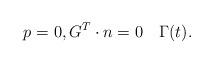
LaTeX: \begin{align*} p=0 ,G^T\cdot n=0 \quad\Gamma(t).\end{align*}